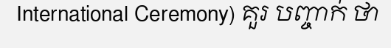
International Ceremony) គួរ បញ្ចាក់ ថា